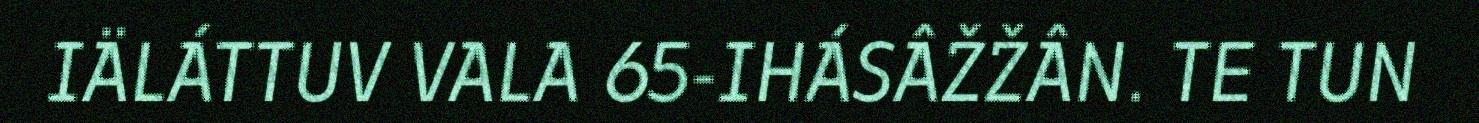
IÄLÁTTUV VALA 65-IHÁSÂŽŽÂN. TE TUN